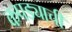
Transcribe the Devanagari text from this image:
कपड्याची